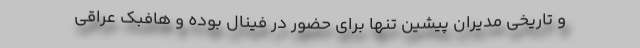
و تاریخی مدیران پیشین تنها برای حضور در فینال بوده و هافبک عراقی